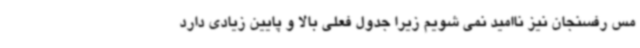
مس رفسنجان نیز ناامید نمی شویم زیرا جدول فعلی بالا و پایین زیادی دارد